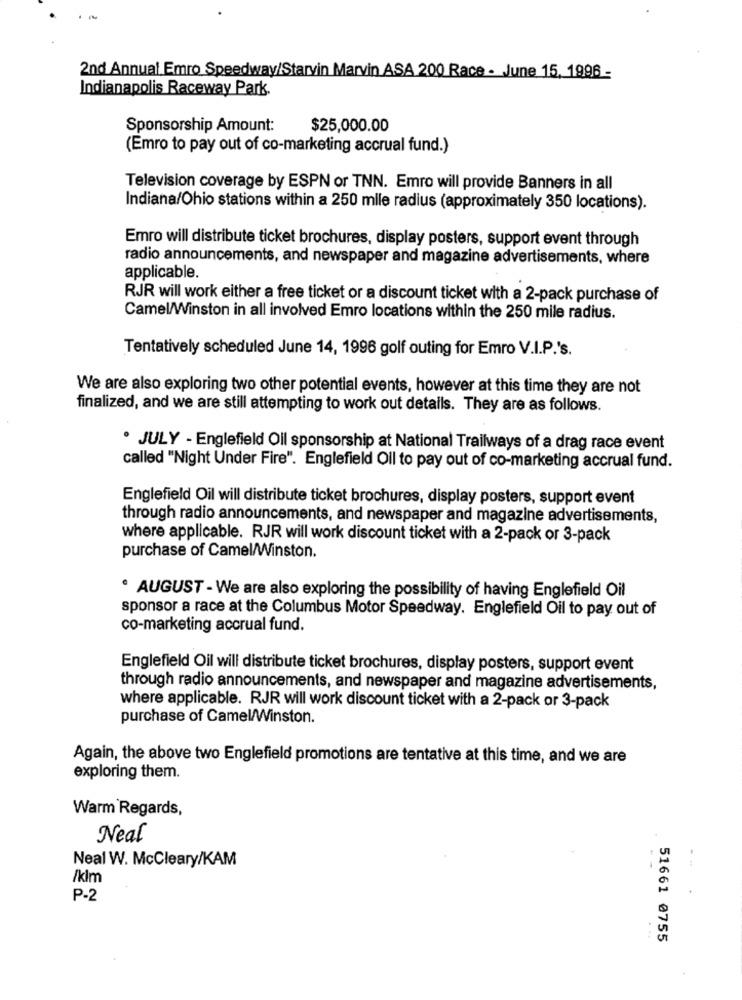
2nd Annual Emro Speedway/Starvin Marvin ASA 200 Race - June 15, 1996-
Indianapolis Raceway Park.
Sponsorship Amount:
$25,000.00
(Emro to pay out of co-marketing accrual fund.)
Television coverage by ESPN or TNN. Emro will provide Banners in all
Indiana/Ohio stations within a 250 mlle radius (approximately 350 locations).
Emro will distribute ticket brochures, display posters, support event through
radio announcements, and newspaper and magazine advertisements, where
applicable.
RJR will work either a free ticket or a discount ticket with a 2-pack purchase of
Camel/Winston in all involved Emro locations within the 250 mile radius.
Tentatively scheduled June 14, 1996 golf outing for Emro V.I.P.'s.
We are also exploring two other potential events, however at this time they are not
finalized, and we are still attempting to work out details. They are as follows.
· JULY - Englefield Oll sponsorship at National Trailways of a drag race event
called "Night Under Fire". Englefield Oil to pay out of co-marketing accrual fund.
Englefield Oil will distribute ticket brochures, display posters, support event
through radio announcements, and newspaper and magazine advertisements,
where applicable. RJR will work discount ticket with a 2-pack or 3-pack
purchase of Camel/Winston.
. AUGUST - We are also exploring the possibility of having Englefield Oil
sponsor a race at the Columbus Motor Speedway. Englefield Oil to pay out of
co-marketing accrual fund.
Englefield Oil will distribute ticket brochures, display posters, support event
through radio announcements, and newspaper and magazine advertisements,
where applicable. RJR will work discount ticket with a 2-pack or 3-pack
purchase of Camel/Winston.
Again, the above two Englefield promotions are tentative at this time, and we are
exploring them.
Warm Regards,
Neal
Neal W. McCleary/KAM
/klm
P-2
51661 0755